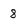
Character: 8